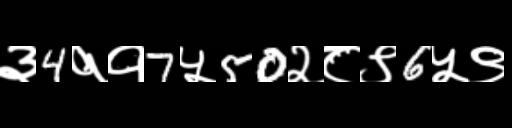
Text: ३4११7५50२८९6५९